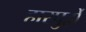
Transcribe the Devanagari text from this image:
हारपुर्ह्ये